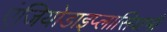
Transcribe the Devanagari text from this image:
एंजियोडाइप्लासियाभी